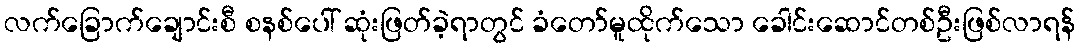
လက်ခြောက်ချောင်းစီ စနစ်ပေါ် ဆုံးဖြတ်ခဲ့ရာတွင် ခံတော်မူထိုက်သော ခေါင်းဆောင်တစ်ဦးဖြစ်လာရန်